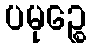
ပမုဉ္စေ